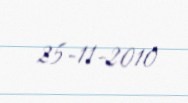
25-11-2010